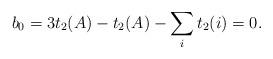
LaTeX: \begin{align*}b_0 = 3 t_2(A) - t_2(A) - \sum_i t_2(i) = 0. \end{align*}